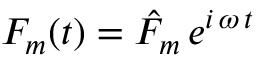
F _ { m } ( t ) = \hat { F } _ { m } \, e ^ { i \, \omega \, t }